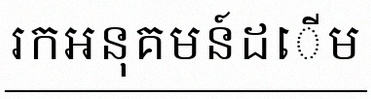
រកអនុគមន៍ដើម